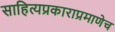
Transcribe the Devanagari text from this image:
साहित्यप्रकाराप्रमाणेच